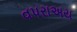
વપરાઅય